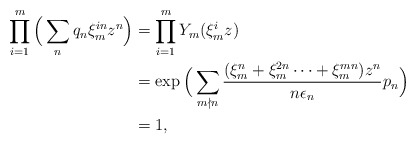
\begin{align*}\prod_{i=1}^m\Big(\sum_{n}q_n\xi_m^{in}z^n\Big)&=\prod_{i=1}^{m}Y_m(\xi_m^i z)\\ &=\exp\Big(\sum_{m\nmid n}\frac{(\xi_m^{n}+\xi_m^{2n}\dotsm+\xi_m^{mn})z^n}{n\epsilon_n}p_n\Big)\\ &=1,\end{align*}